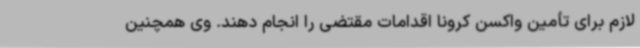
لازم برای تأمین واکسن کرونا اقدامات مقتضی را انجام دهند. وی همچنین